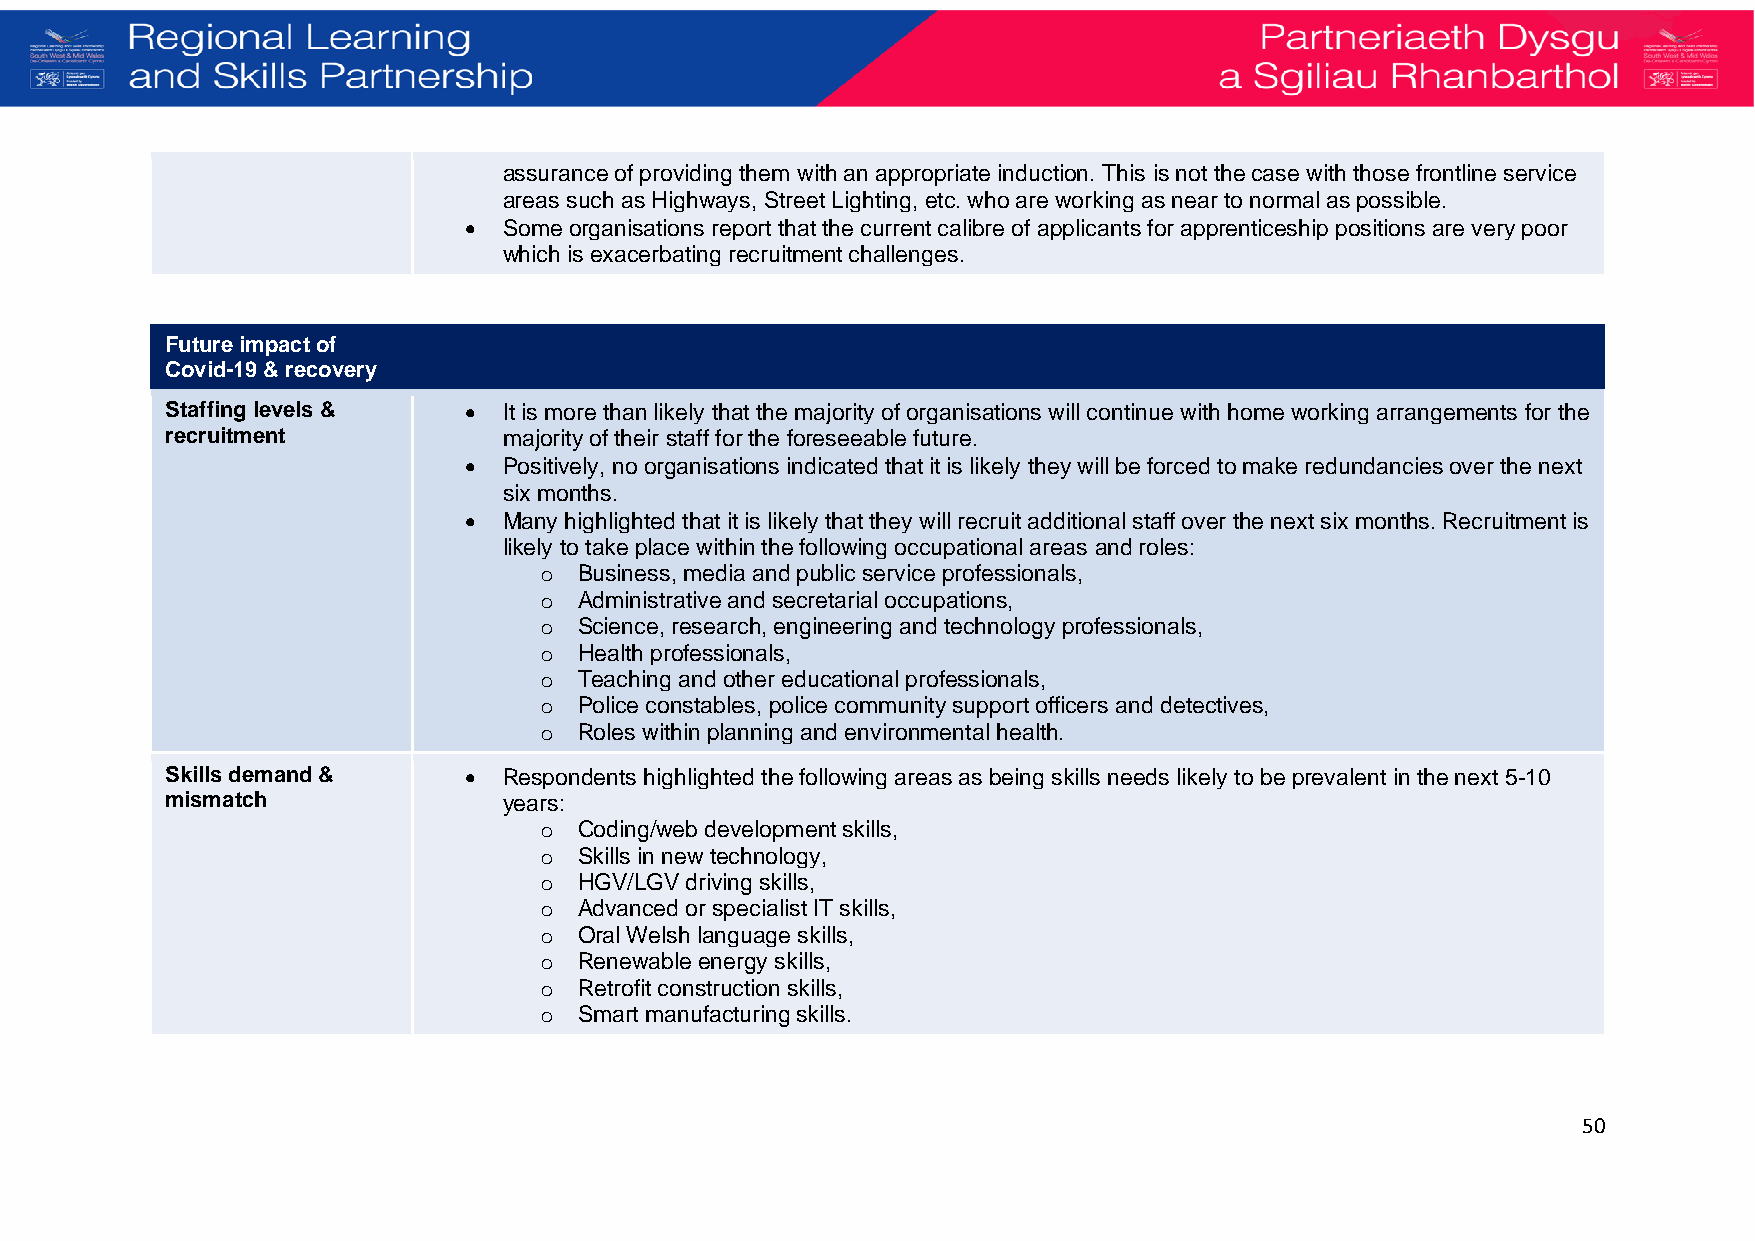
assurance of providing them with an appropriate induction. This is not the case with those frontline service
 areas such as Highways, Street Lighting, etc. who are working as near to normal as possible.
 • Some organisations report that the current calibre of applicants for apprenticeship positions are very poor
 w hich is exacerbating recruitment challenges.
 Future impact of
 Covid-19 & recovery
 Staffing levels &   • It is more than likely that the majority of organisations will continue with home working arrangements for the
 recruitment           majority of their staff for the foreseeable future.
 • Positively, no organisations indicated that it is likely they will be forced to make redundancies over the next
 six months.
 • Many highlighted that it is likely that they will recruit additional staff over the next six months. Recruitment is
 likely to take place within the following occupational areas and roles:
 o Business, media and public service professionals,
 o Administrative and secretarial occupations,
 o Science, research, engineering and technology professionals,
 o Health professionals,
 o Teaching and other educational professionals,
 o Police constables, police community support officers and detectives,
 o Roles within planning and environmental health.
 Skills demand &     • Respondents highlighted the following areas as being skills needs likely to be prevalent in the next 5-10
 mismatch              years:
 o Coding/web development skills,
 o Skills in new technology,
 o HGV/LGV driving skills,
 o Advanced or specialist IT skills,
 o Oral Welsh language skills,
 o Renewable energy skills,
 o Retrofit construction skills,
 o Smart manufacturing skills.
 50